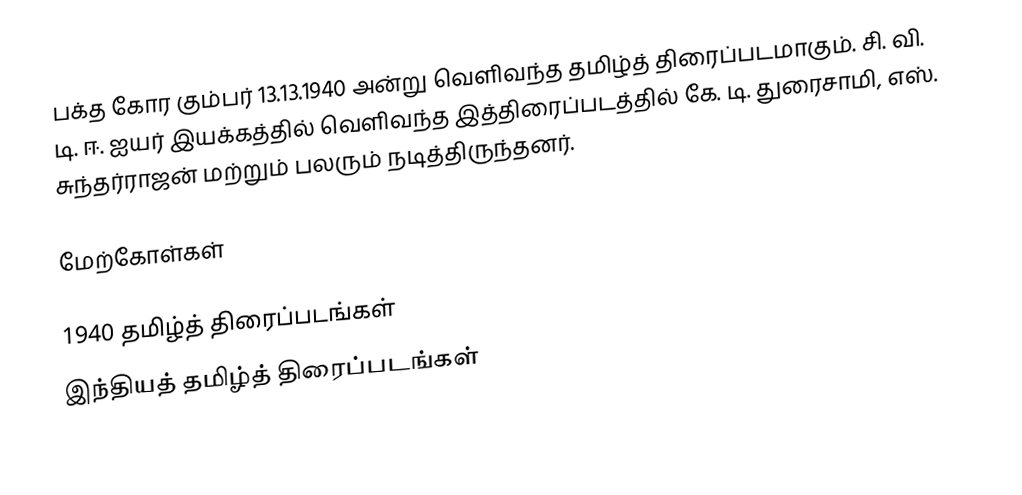
பக்த கோர கும்பர் 13.13.1940 அன்று வெளிவந்த தமிழ்த் திரைப்படமாகும். சி. வி. டி. ஈ. ஐயர் இயக்கத்தில் வெளிவந்த இத்திரைப்படத்தில் கே. டி. துரைசாமி, எஸ். சுந்தர்ராஜன் மற்றும் பலரும் நடித்திருந்தனர்.

மேற்கோள்கள்

1940 தமிழ்த் திரைப்படங்கள்
இந்தியத் தமிழ்த் திரைப்படங்கள்